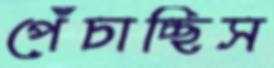
পেঁচাচ্ছিস